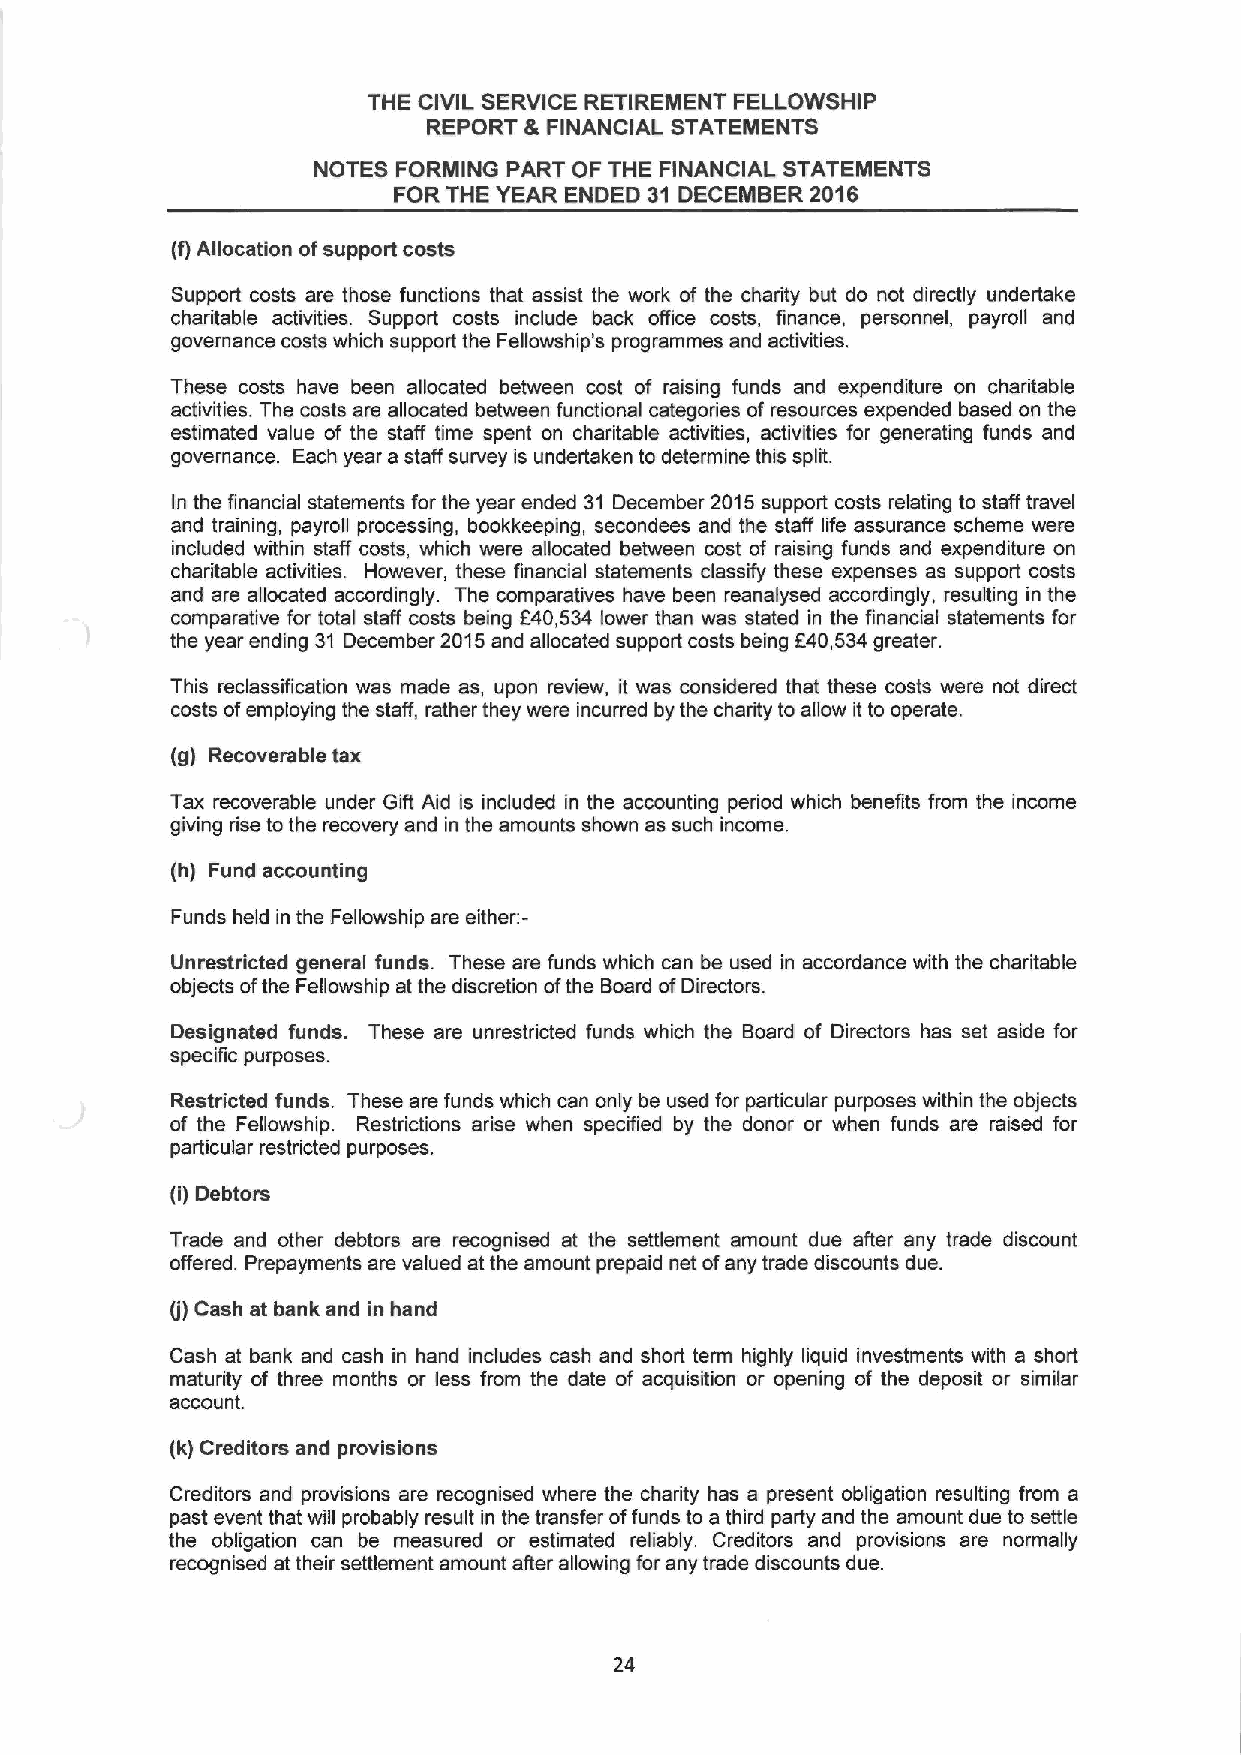
THE CIVIL SERVICE RETIREMENT FELLOWSHIP
 5
 REPORT  FINANCIAL STATEMENTS
 NOTES FORMING PART OF THE FINANCIAL STATEMENTS
 FOR THE YEAR ENDED 31 DECEMBER 2016
 (f)Allocation ofsupport costs
 Support costs are those functions that assist the work of the charity but do not directly undertake
 charitable activities. Support costs include back office costs, finance, personnel, payroll and
 governance costs which support the Fellowship's programmes and activities.
 These costs have been allocated between cost of raising funds and expenditure on charitable
 activities. The costs are allocated between functional categories of resources expended based on the
 estimated value of the staff time spent on charitable activities, activities for generating funds and
 governance. Each year a staff survey is undertaken to determine this split.
 In the financial statements for the year ended 31 December 2015support costs relating to staff travel
 and training, payroll processing, bookkeeping, secondees and the staff life assurance scheme were
 included within staff costs, which were allocated between cost of raising funds and expenditure on
 charitable activities. However, these financial statements classify these expenses as support costs
 and are allocated accordingly. The comparatives have been reanalysed accordingly, resulting in the
 comparative for total staff costs being 640,534 lower than was stated in the financial statements for
 the year ending 31 December 2015and allocated support costs being 640,534greater.
 This reclassification was made as, upon review, it was considered that these costs were not direct
 costs ofemploying the staff, rather they were incurred by the charity to allow it to operate.
 (g) Recoverable tax
 Tax recoverable under Gift Aid is included in the accounting period which benefits from the income
 giving rise to the recovery and in the amounts shown as such income.
 (h) Fund accounting
 Funds held in the Fellowship are either:-
 Unrestricted general funds. These are funds which can be used in accordance with the charitable
 objects ofthe Fellowship at the discretion ofthe Board ofDirectors.
 Designated funds. These are unrestricted funds which the Board of Directors has set aside for
 specific purposes.
 Restricted funds. These are funds which can only be used for particular purposes within the objects
 of the Fellowship. Restrictions arise when specified by the donor or when funds are raised for
 particular restricted purposes.
 (i) Debtors
 Trade and other debtors are recognised at the settlement amount due after any trade discount
 offered. Prepayments are valued at the amount prepaid net ofany trade discounts due.
 (j)Cash at bank and in hand
 Cash at bank and cash in hand includes cash and short term highly liquid investments with a short
 maturity of three months or less from the date of acquisition or opening of the deposit or similar
 account.
 (k) Creditors and provisions
 Creditors and provisions are recognised where the charity has a present obligation resulting from a
 past event that will probably result in the transfer offunds to a third party and the amount due to settle
 the obligation can be measured or estimated reliably. Creditors and provisions are normally
 recognised at their settlement amount after allowing for any trade discounts due.
 24